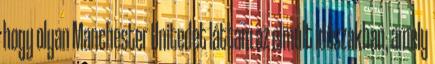
hogy olyan Manchester Unitedet láttam az elmúlt időszakban, amely